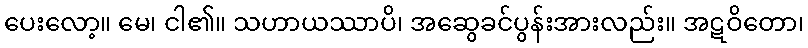
ပေးလော့။ မေ၊ ငါ၏။ သဟာယဿာပိ၊ အဆွေခင်ပွန်းအားလည်း။ အဋဝိတော၊